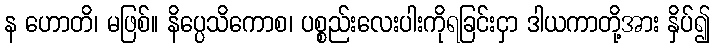
န ဟောတိ၊ မဖြစ်။ နိပ္ပေသိကောစ၊ ပစ္စည်းလေးပါးကိုရခြင်းငှာ ဒါယကာတို့အား နှိပ်၍